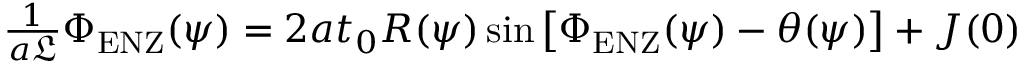
\begin{array} { r } { \frac { 1 } { a \mathfrak { L } } \Phi _ { \mathrm { E N Z } } ( \psi ) = 2 a t _ { 0 } R ( \psi ) \sin \left[ \Phi _ { \mathrm { E N Z } } ( \psi ) - \theta ( \psi ) \right] + J ( 0 ) } \end{array}